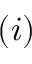
( i )